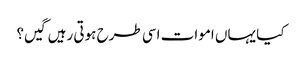
کیا یہاں اموات اسی طرح ہوتی رہیں گیں؟